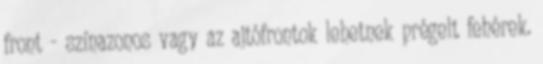
front - színazonos vagy az ajtófrontok lehetnek prégelt fehérek.